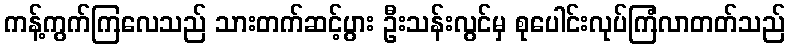
ကန့်ကွက်ကြလေသည် သားတက်ဆင့်ပွား ဦးသန်းလွင်မှ စုပေါင်းလုပ်ကြံလာတတ်သည်